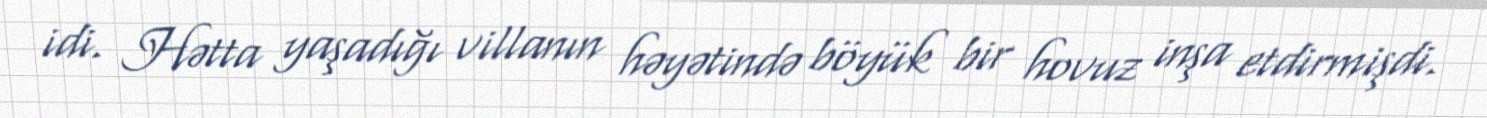
idi. Hətta yaşadığı villanın həyətində böyük bir hovuz inşa etdirmişdi.